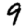
Digit: 9